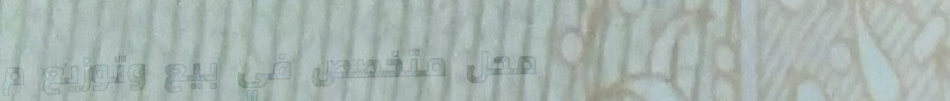
محل متخصص في بيع وتوزيع م